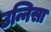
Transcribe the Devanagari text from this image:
उन्निसा